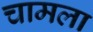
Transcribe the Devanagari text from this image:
चामला